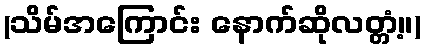
(သိမ်အကြောင်း နောက်ဆိုလတ္တံ့။)